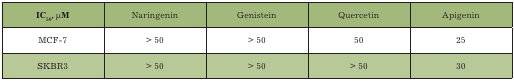
<table><thead><tr><td><b>IC<sub>50</sub>, μM </b></td><td><b>Naringenin</b></td><td><b>Genistein</b></td><td><b>Quercetin</b></td><td><b>Apigenin</b></td></tr></thead><tbody><tr><td>MCF-7</td><td> &gt; 50</td><td> &gt; 50</td><td>50</td><td>25</td></tr><tr><td>SKBR3</td><td> &gt; 50</td><td> &gt; 50</td><td> &gt; 50</td><td>30</td></tr></tbody></table>